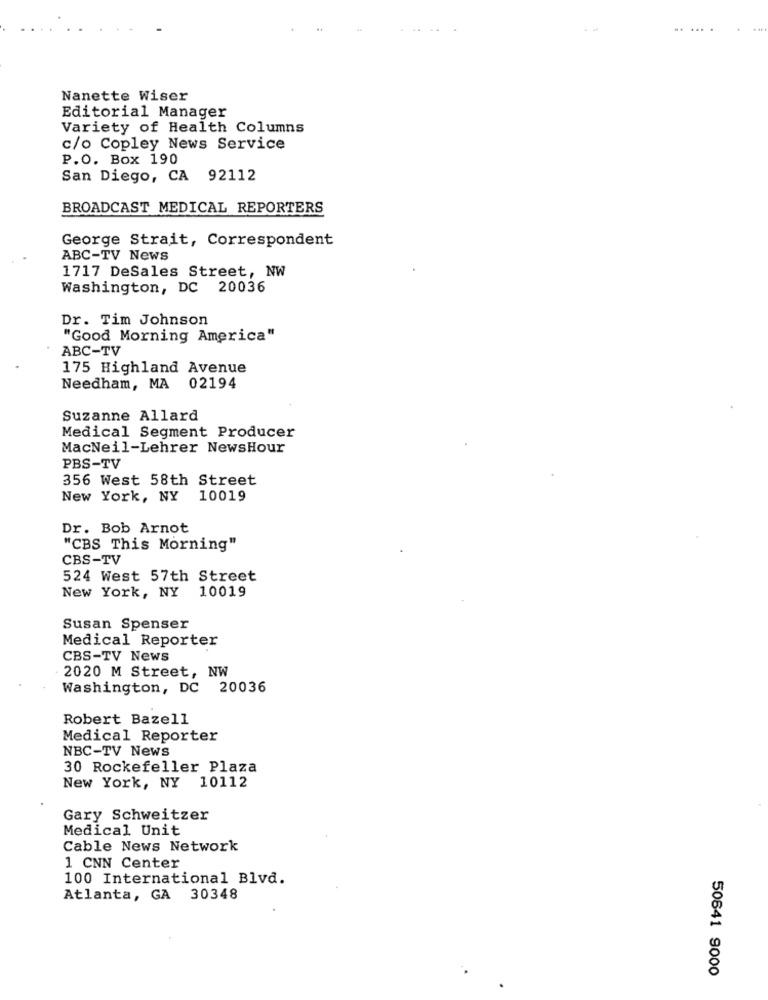
... .
.. ...
Nanette Wiser
Editorial Manager
Variety of Health Columns
c/o Copley News Service
P.O. Box 190
San Diego, CA 92112
BROADCAST MEDICAL REPORTERS
George Strait, Correspondent
ABC-TV News
1717 DeSales Street, NW
Washington, DC 20036
Dr. Tim Johnson
"Good Morning America"
ABC-TV
175 Highland Avenue
Needham, MA
02194
Suzanne Allard
Medical Segment Producer
MacNeil-Lehrer NewsHour
PBS-TV
356 West 58th Street
New York, NY 10019
Dr. Bob Arnot
"CBS This Morning"
CBS-TV
524 West 57th Street
New York, NY
10019
Susan Spenser
Medical Reporter
CBS-TV News
2020 M Street, NW
Washington, DC 20036
Robert Bazell
Medical Reporter
NBC-TV News
30 Rockefeller Plaza
New York, NY 10112
Gary Schweitzer
Medical Unit
Cable News Network
1 CNN Center
100 International Blvd.
Atlanta, GA 30348
50641 9000